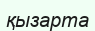
қызарта